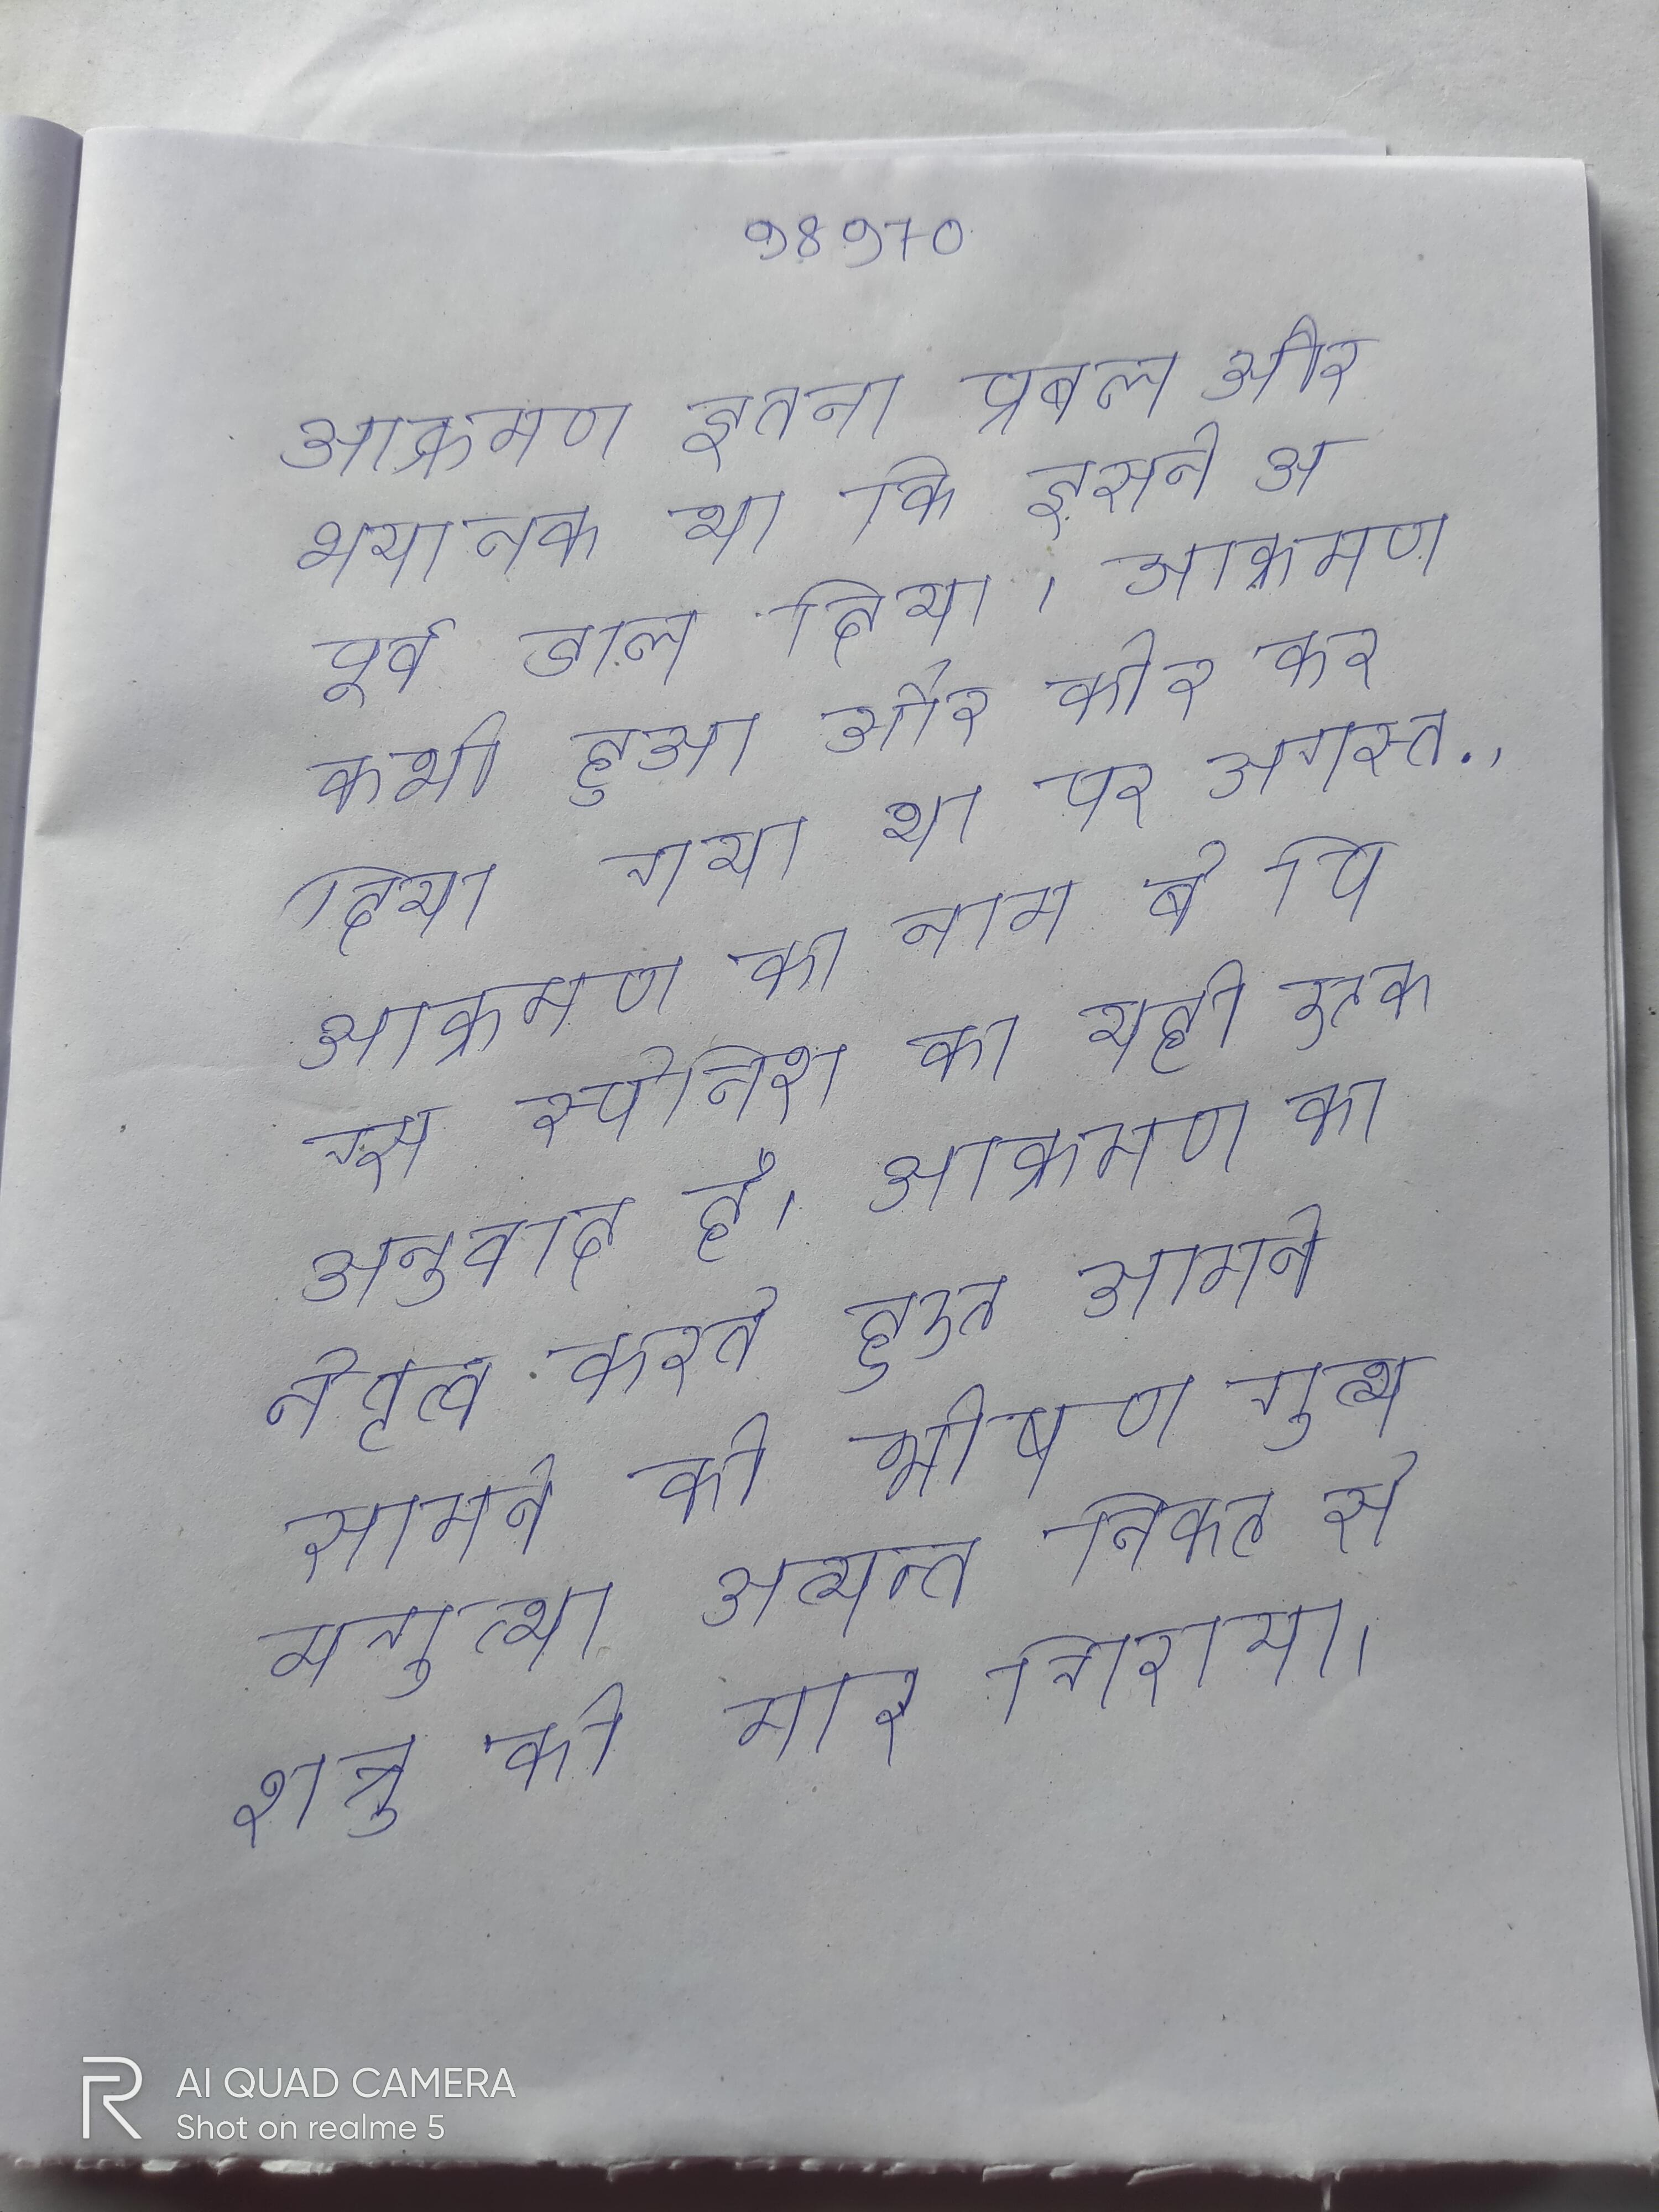
आक्रमण इतना प्रबल और भयानक था कि मगध को इसने अपूर्व डाल दिया । आक्रमण कभी हुआ और कोर कर दिया गया था पर अगस्त, . आक्रमण का नाम बे पिग्स स्पेनिश का यही एक अनुवाद है । आक्रमण का नेतृत्व करते हुए आमने-सामने की भीषण गुत्थमगुत्था अत्यन्त निकट से शत्रु को मार गिराया ।